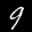
Label: 9